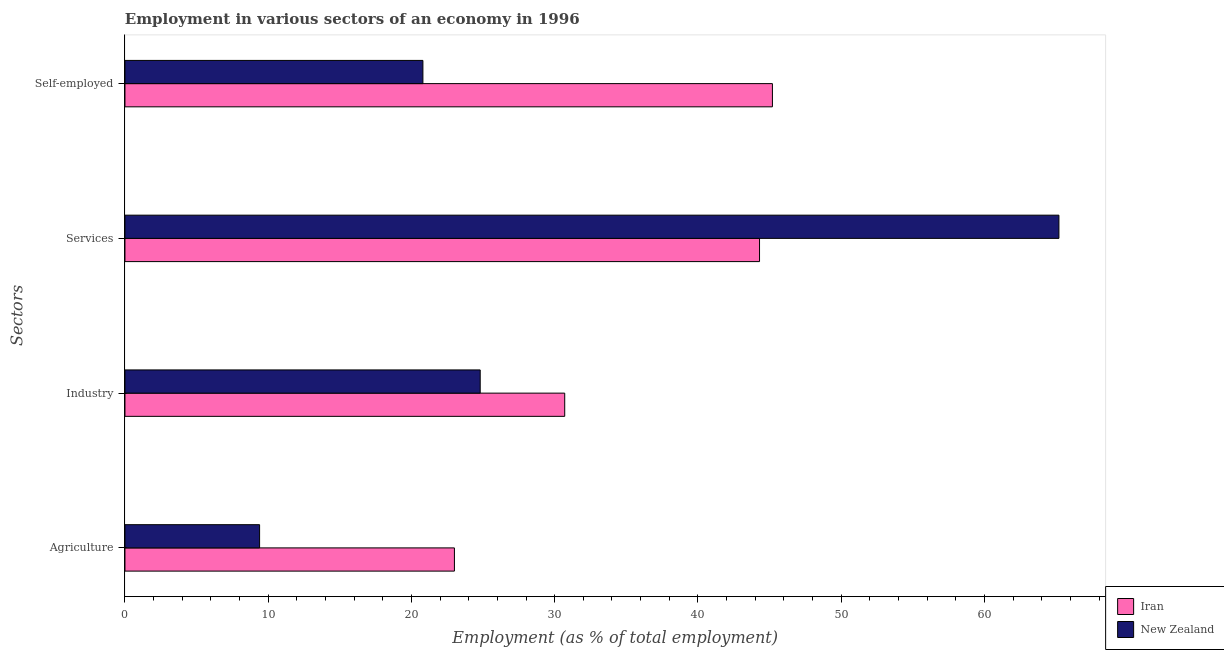
| Sectors | Iran | New Zealand |
 | --- | --- | --- |
 | Agriculture | 23 | 9.4 |
 | Industry | 30.7 | 24.8 |
 | Services | 44.3 | 65.2 |
 | Self-employed | 45.2 | 20.8 |